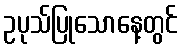
ဥပုသ်ပြုသောနေ့တွင်